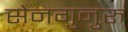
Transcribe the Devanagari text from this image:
सेनगुनुरु